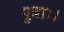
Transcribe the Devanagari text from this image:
पुत्राः।